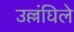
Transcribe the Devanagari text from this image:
उल्लंघिले